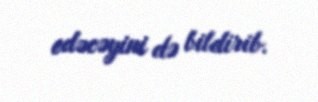
edəcəyini də bildirib.